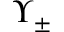
\Upsilon _ { \pm }